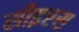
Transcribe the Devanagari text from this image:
सीइएस